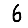
Digit: 6